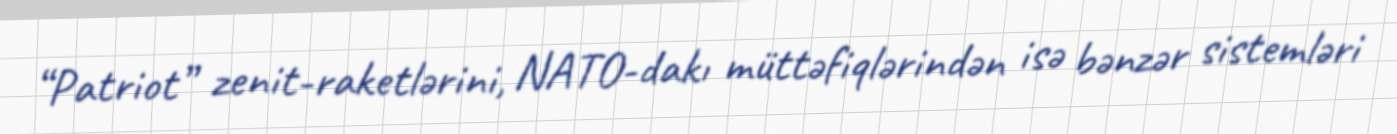
“Patriot” zenit-raketlərini, NATO-dakı müttəfiqlərindən isə bənzər sistemləri